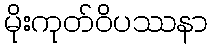
မိုးကုတ်ဝိပဿနာ